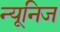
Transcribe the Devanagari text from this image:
न्यूनिज